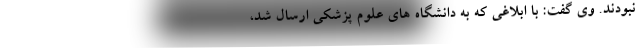
نبودند. وی گفت: با ابلاغی که به دانشگاه های علوم پزشکی ارسال شد،